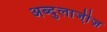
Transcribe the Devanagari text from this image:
अब्दुलाजी़ज़